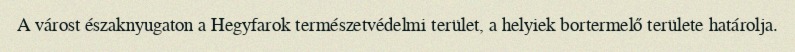
A várost északnyugaton a Hegyfarok természetvédelmi terület, a helyiek bortermelő területe határolja.